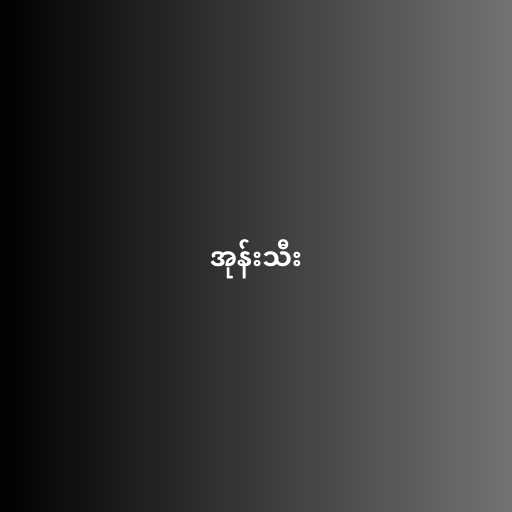
အုန်းသီး